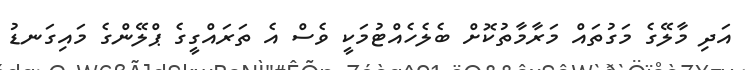
އަދި މާލޭގެ މަގުތައް މަރާމާތުކޮށް ބެލެހެއްޓުމަކީ ވެސް އެ ތަރައްގީގެ ޕްލޭންގެ މައިގަނޑު